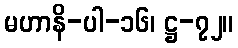
မဟာနိ-ပါ-၁၆၊ ဋ္ဌ-၇၂။